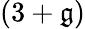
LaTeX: (3+\mathfrak{g})